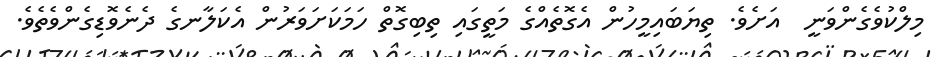
މިލްކުވެގެންވަނީ  އަށެވެ. ތިޔަބައިމީހުން އެގޮތެއްގެ މަތީގައި ތިބިގޮތް ހަމަކަށަވަރުން އެކަލާނގެ ދެނެވޮޑިގެންވެތެވެ.